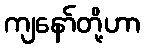
ကျနော်တို့ဟာ